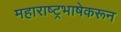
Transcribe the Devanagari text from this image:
महाराष्ट्रभाषेकरून